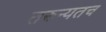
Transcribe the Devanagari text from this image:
तरुन्यतच